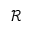
{ \ensuremath { \mathcal R } }